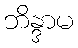
ဘိန္ဒာမ